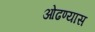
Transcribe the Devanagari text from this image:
ओढण्यास